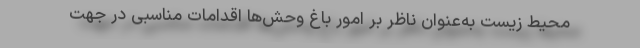
محیط زیست به‌عنوان ناظر بر امور باغ‌ وحش‌ها اقدامات مناسبی در جهت